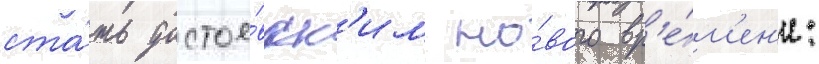
ста́ть достое́вск'им но́вого вр'е́м'ен'и: